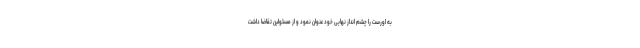
به اورست را چشم انداز نهایی خود عنوان نمود و از مسئولین تقاضا داشت